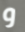
و